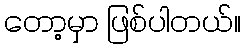
တော့မှာ ဖြစ်ပါတယ်။